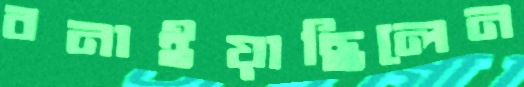
বনাইয়াছিলেন